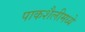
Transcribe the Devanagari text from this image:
पाकशैलीमध्ये